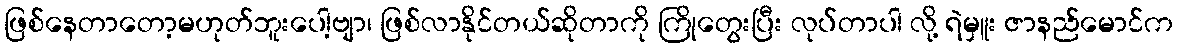
ဖြစ်နေတာတော့မဟုတ်ဘူးပေါ့ဗျာ၊ ဖြစ်လာနိုင်တယ်ဆိုတာကို ကြိုတွေးပြီး လုပ်တာပါ လို့ ရဲမှူး ဇာနည်မောင်က